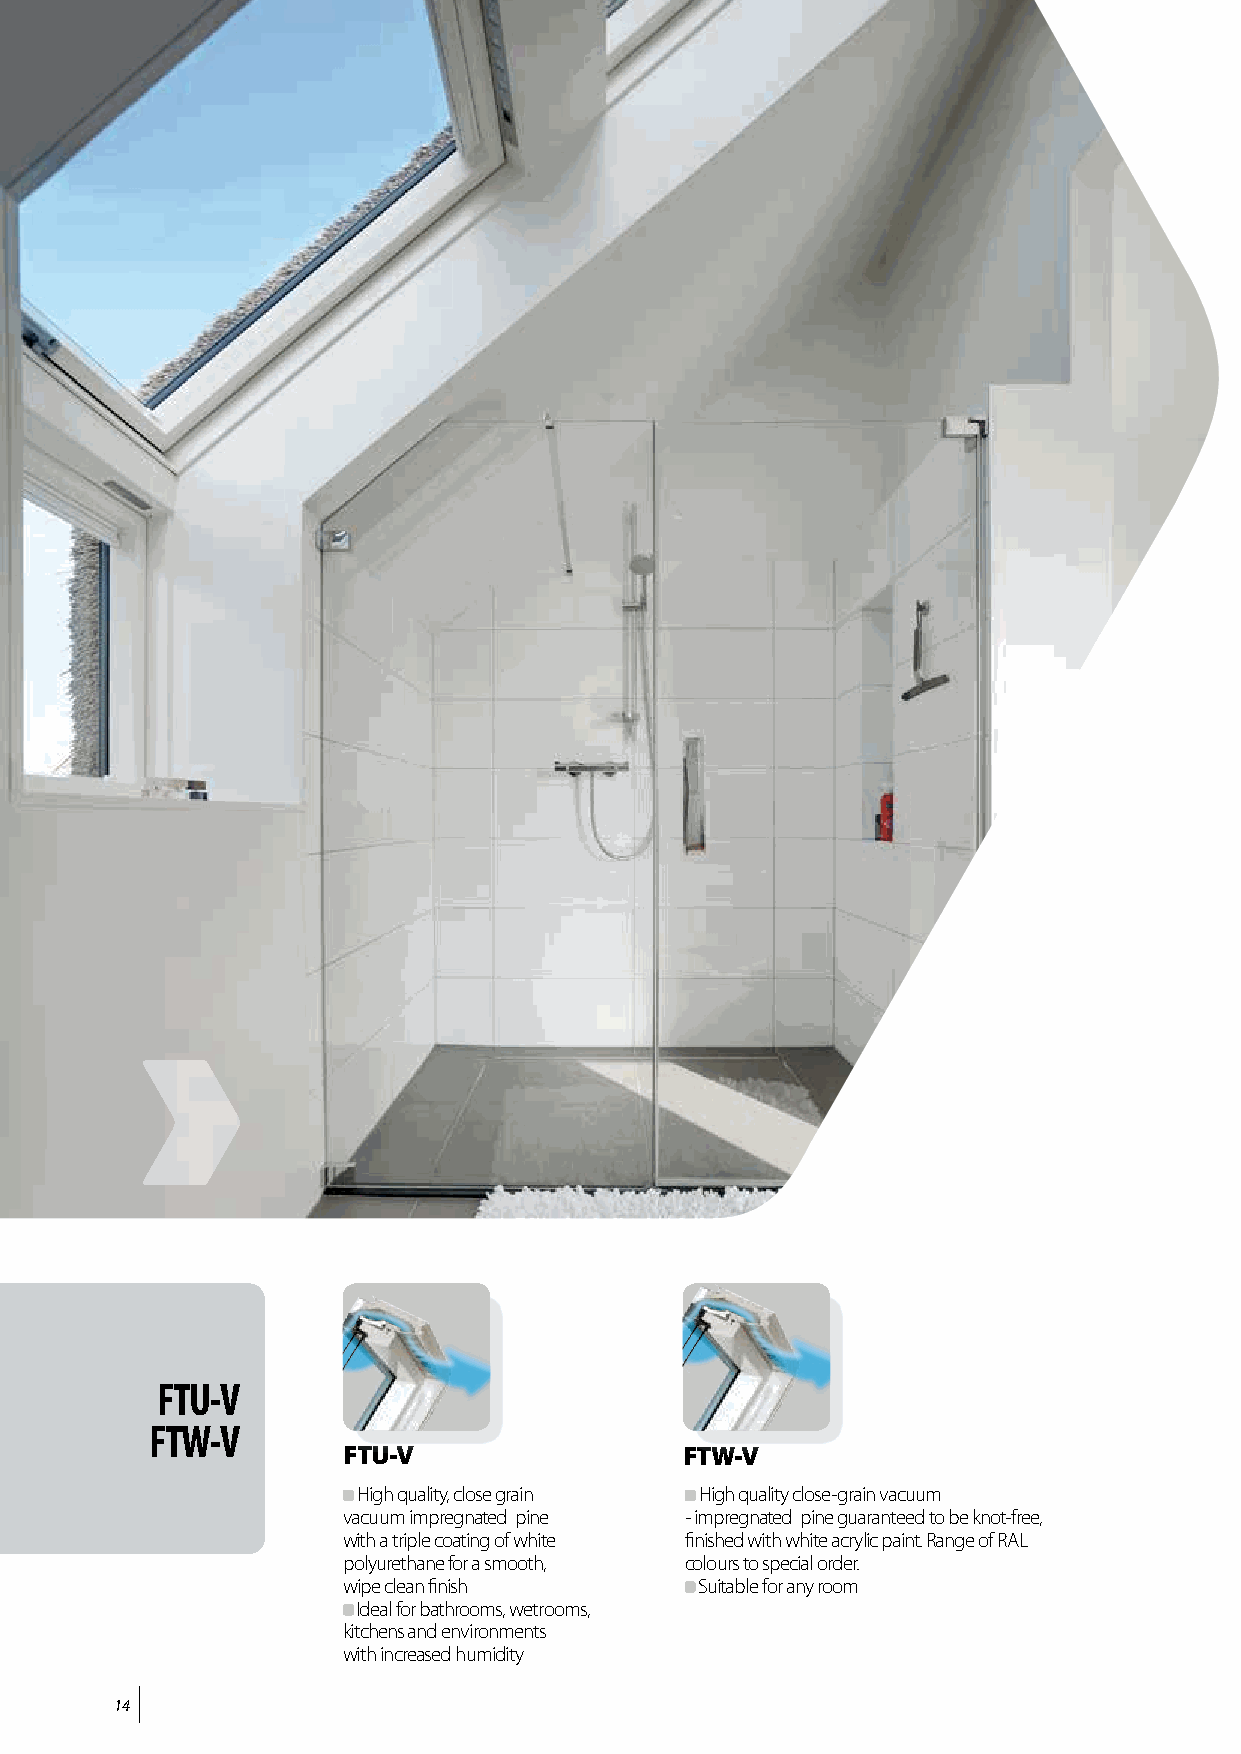
FTU-V
 FTW-V
 FTU-V                 FTW-V
 High quality, close grain High quality close-grain vacuum
 vacuum impregnated pine - impregnated pine guaranteed to be knot-free,
 with a triple coating of white finished with white acrylic paint. Range of RAL
 polyurethane for a smooth, colours to special order.
 wipe clean finish      Suitable for any room
 Ideal for bathrooms, wetrooms,
 kitchens and environments
 with increased humidity
 14
 1100